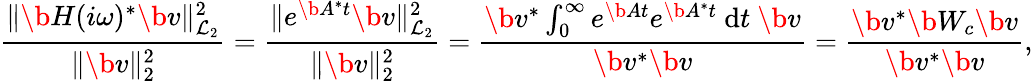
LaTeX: \frac{\| \b{H}(i\omega)^{*}\b{v}\| _{\mathcal{L}_{2}}^{2}}{\| \b{v}\| _{2}^{2}}=\frac{\| e^{\b{A}^{*}t}\b{v}\| _{\mathcal{L}_{2}}^{2}}{\| \b{v}\| _{2}^{2}}=\frac{\b{v}^{*}\int_{0}^{\infty}e^{\b{A}t}e^{\b{A}^{*}t}~\mathrm{d}t~\b{v}}{\b{v}^{*}\b{v}}=\frac{\b{v}^{*}\b{W_{c}}\b{v}}{\b{v}^{*}\b{v}},